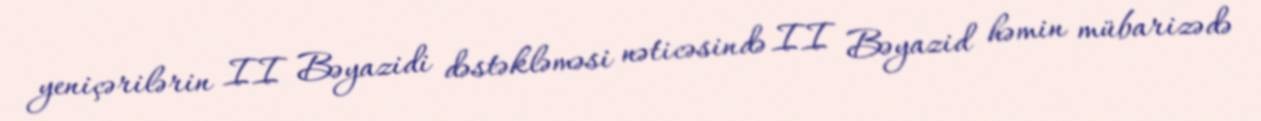
yeniçərilərin II Bəyazidi dəstəkləməsi nəticəsində II Bəyazid həmin mübarizədə